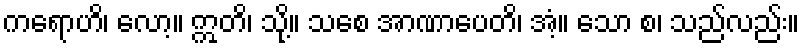
ကရောဟိ၊ လော့။ ဣတိ၊ သို့။ သစေ အာဏာပေတိ၊ အံ့။ သော စ၊ သည်လည်း။